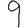
Digit: 9